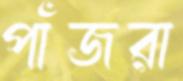
পাঁজরা